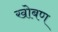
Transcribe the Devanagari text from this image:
खोबण